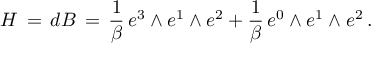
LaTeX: H \, = \, d B \, = \, \frac { 1 } { \beta } \, e ^ { 3 } \wedge e ^ { 1 } \wedge e ^ { 2 } + \frac { 1 } { \beta } \, e ^ { 0 } \wedge e ^ { 1 } \wedge e ^ { 2 } \, .